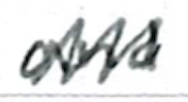
Text: and
Cross-out: zig-zag
Writing tool: ballpoint